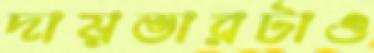
দায়ভারটাও